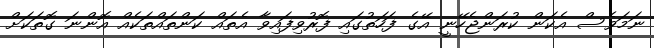
ނަމަވެސް އެކަން ކުރަންޖެހޭނީ އޭގެ ފަހަތުގައި ފޮރުވިފައިވާ އެތައް ކަންތައްތަކެއް އޮންނަ ގޮތަކަށް